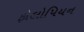
ફોલોપિયન